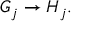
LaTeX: G _ { j } \to H _ { j } .